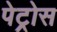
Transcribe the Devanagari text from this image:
पेट्रोस